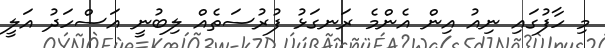
މި ހާފުގައި ނިއު އިން އެންމެ ރަނގަޅު ފުރުސަތެއް ލިބުނީ އަސްހަދު އަލީ